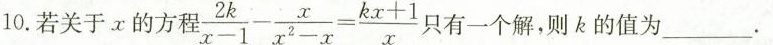
10.若关于x的方程$$\frac { 2 k } { x - 1 } -